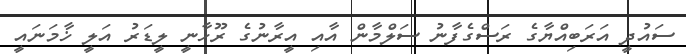
ސައުދީ އަރަބިއްޔާގެ ރަސްގެފާނު ސަލްމާން އާއި އީރާނުގެ ރޫހާނީ ލީޑަރު އަލީ ޚާމަނައީ